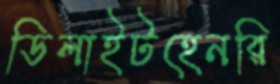
ডিলাইটহেনরি